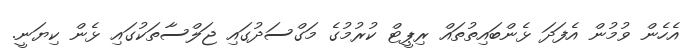
އެހެން ވުމުން އެފަދަ ޅެންބައިތުތައް ރިޕީޓް ކުރުމުގެ މަގްސަދުގައި ޖަލްސާތަކުގައި ޅެން ކިޔަނީ.